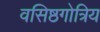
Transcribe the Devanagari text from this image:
वसिष्ठगोत्रिय